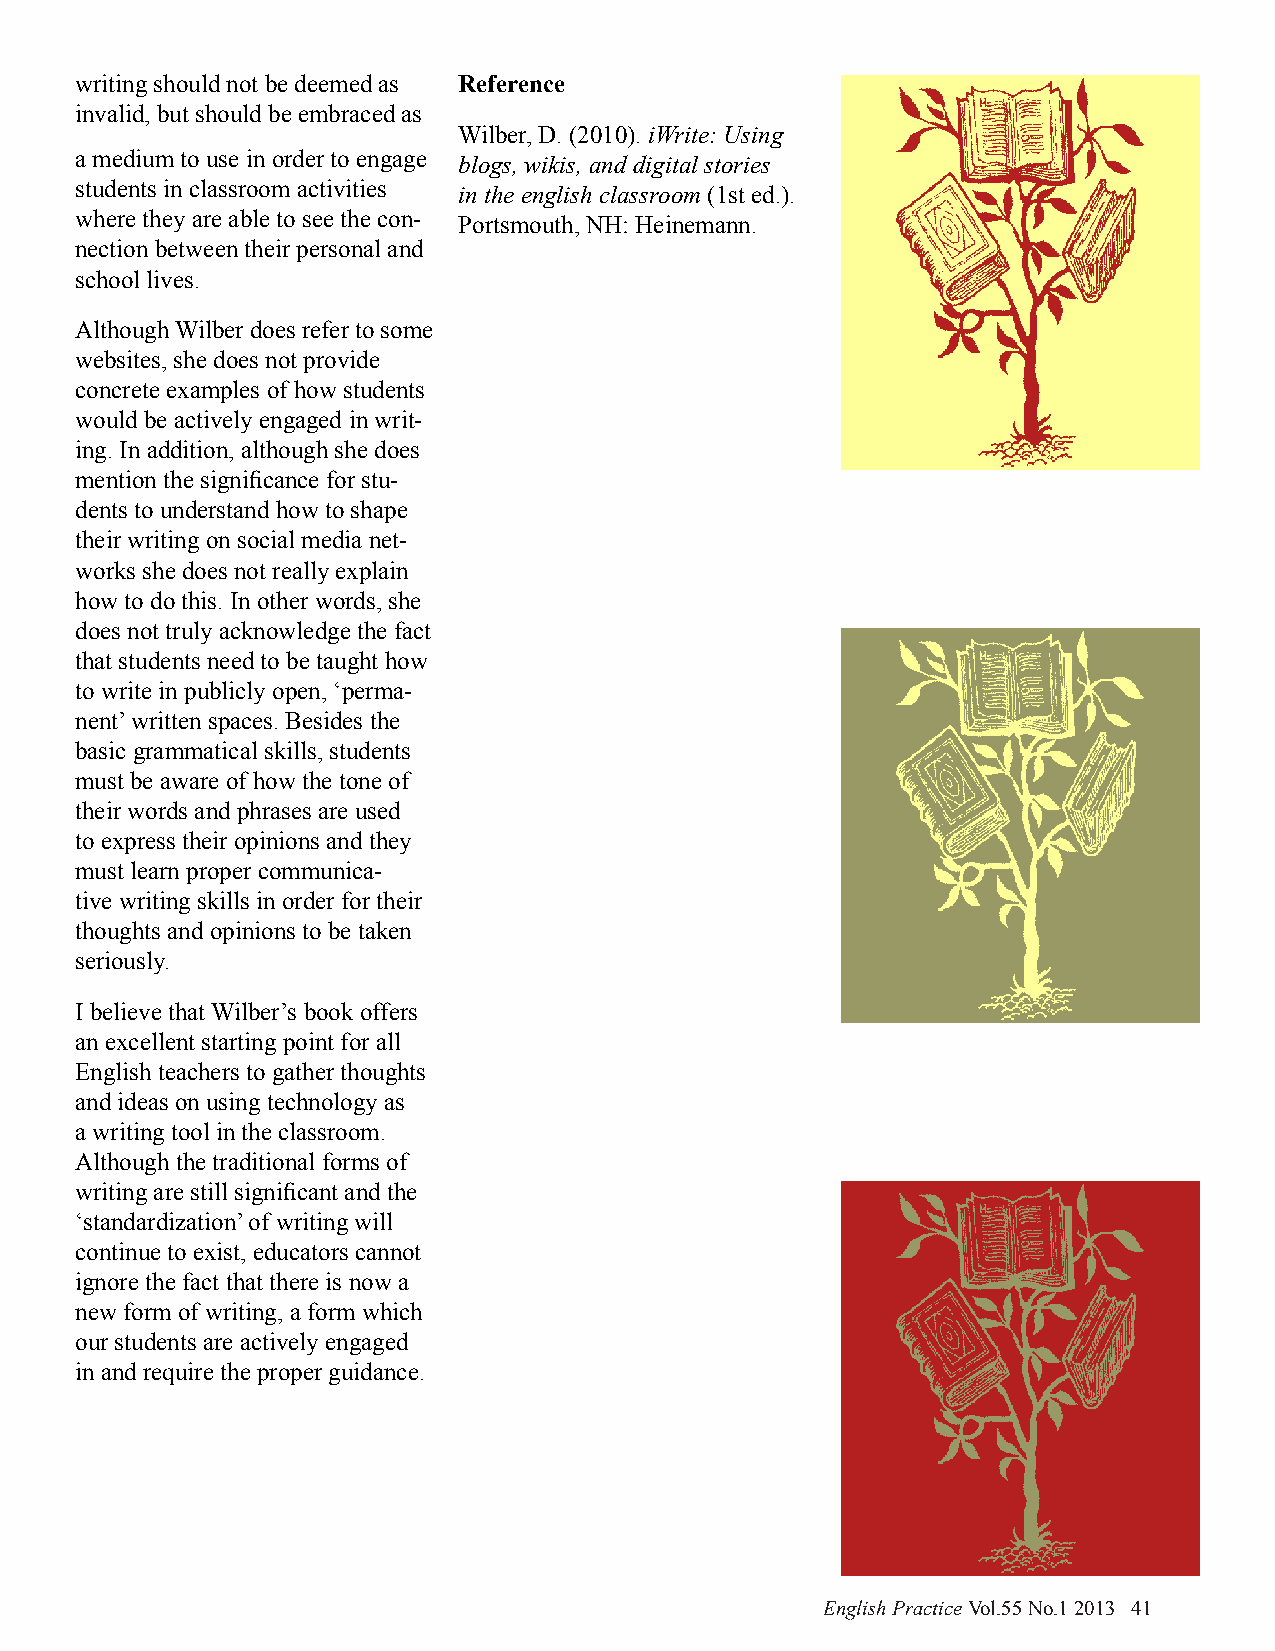
writing should not be deemed as Reference
 invalid, but should be embraced as
 Wilber, D. (2010). iWrite: Using
 a medium to use in order to engage blogs, wikis, and digital stories
 students in classroom activities in the english classroom (1st ed.).
 where they are able to see the con- Portsmouth, NH: Heinemann.
 nection between their personal and
 school lives.
 Although Wilber does refer to some
 websites, she does not provide
 concrete examples of how students
 would be actively engaged in writ-
 ing. In addition, although she does
 mention the significance for stu-
 dents to understand how to shape
 their writing on social media net-
 works she does not really explain
 how to do this. In other words, she
 does not truly acknowledge the fact
 that students need to be taught how
 to write in publicly open, ‘perma-
 nent’ written spaces. Besides the
 basic grammatical skills, students
 must be aware of how the tone of
 their words and phrases are used
 to express their opinions and they
 must learn proper communica-
 tive writing skills in order for their
 thoughts and opinions to be taken
 seriously.
 I believe that Wilber’s book offers
 an excellent starting point for all
 English teachers to gather thoughts
 and ideas on using technology as
 a writing tool in the classroom.
 Although the traditional forms of
 writing are still significant and the
 ‘standardization’ of writing will
 continue to exist, educators cannot
 ignore the fact that there is now a
 new form of writing, a form which
 our students are actively engaged
 in and require the proper guidance.
 English Practice Vol.55 No.1 2013 41